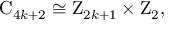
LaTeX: \mathrm { C } _ { 4 k + 2 } \cong \mathrm { Z } _ { 2 k + 1 } \times \mathrm { Z } _ { 2 } ,